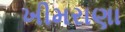
ખીમરાણા